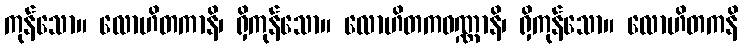
ကုန်သော။ လောဟိတကာနိ၊ ရှိကုန်သော။ လောဟိတကဝဏ္ဏာနိ၊ ရှိကုန်သော။ လောဟိတကနိ